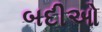
બદીઓ